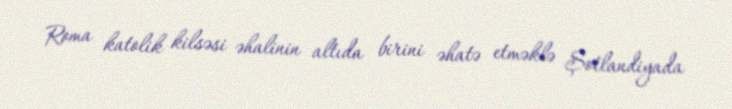
Roma katolik kilsəsi əhalinin altıda birini əhatə etməklə Şotlandiyada